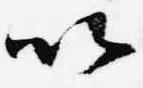
以